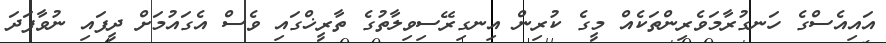
އައިއެސްގެ ހަނގުރާމަވެރިންތަކެއް މީގެ ކުރިން އިނގިރޭސިވިލާތުގެ ތާރީޚްގައި ވެސް އެގައުމަށް ދީފައި ނުވާފަދަ